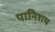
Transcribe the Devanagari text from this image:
पानिशप